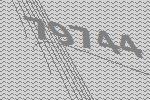
79744